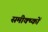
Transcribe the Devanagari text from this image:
समीक्ष्कों